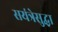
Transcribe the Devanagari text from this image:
सयंत्रेसुद्धा